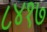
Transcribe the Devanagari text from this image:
८४१७